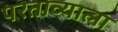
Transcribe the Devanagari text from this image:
परताव्याला